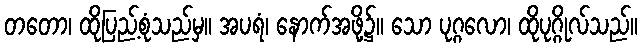
တတော၊ ထိုပြည့်စုံသည်မှ။ အပရံ၊ နောက်အဖို့၌။ သော ပုဂ္ဂလော၊ ထိုပုဂ္ဂိုလ်သည်။